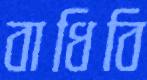
বাধিবি